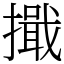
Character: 擑